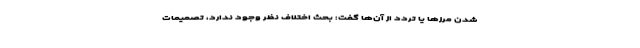
شدن مرزها یا تردد از آن‌ها گفت: بحث اختلاف نظر وجود ندارد، تصمیمات